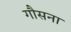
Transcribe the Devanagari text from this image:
गौसना